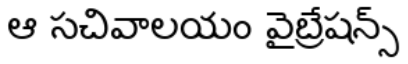
ఆ సచివాలయం వైబ్రేషన్స్